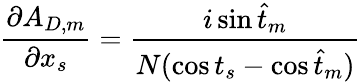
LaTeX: {\frac{\partial A_{D,m}}{\partial x_{s}}}={\frac{i\sin\hat{t}_{m}}{N(\cos t_{s}-\cos\hat{t}_{m})}}